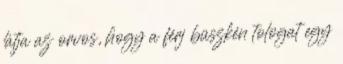
látja az orvos, hogy a férj büszkén tologat egy